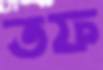
তফ